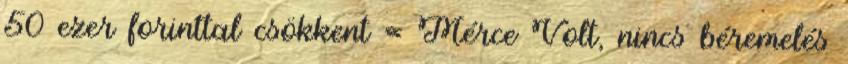
50 ezer forinttal csökkent « Mérce Volt, nincs béremelés